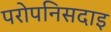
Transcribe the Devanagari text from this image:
परोपनिसदाइ